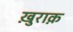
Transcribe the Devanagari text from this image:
खु़राक़